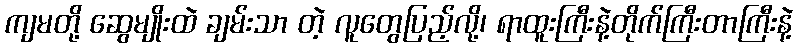
ကျမတို့ ဆွေမျိုးထဲ ချမ်းသာ တဲ့ လူတွေပြည့်လို့၊ ရာထူးကြီးနဲ့တိုက်ကြီးတာကြီးနဲ့